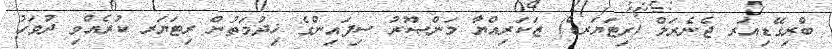
ބްރިގޭޑިއަރ ޖެނެރަލް (ރިޓަޔަރޑް) ޒަކަރިއްޔާ މަންޞޫރު ސިފައިންގެ ޚިދުމަތުން ރިޓަޔަރ ކުރެއްވި ދުވަހު